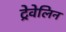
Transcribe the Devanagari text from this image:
ट्रेवेलिन